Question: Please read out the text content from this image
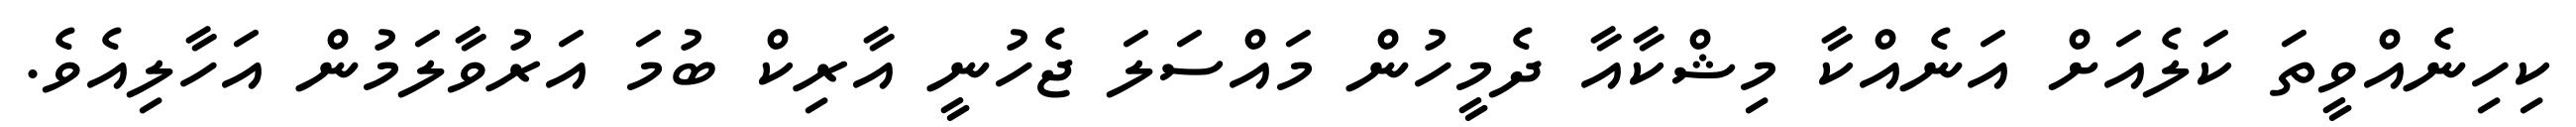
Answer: ކިހިނެއްވީތަ ކަލެއަށް އަނެއްކާ މިޝްކާއާ ދެމީހުން މައްސަލަ ޖެހުނީ އާރިކް ބުމަ އަރުވާލަމުން އަހާލިއެވެ.